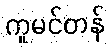
ကူမင်တန်